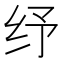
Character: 纾